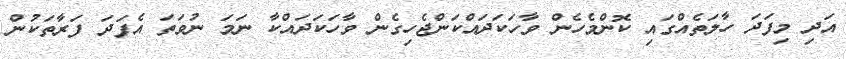
އަދި މިފަދަ ހާލަތެއްގައި ކޮންމެހެން ވާހަކަދައްކަންޖެހިގެން ވާހަކަދައްކާ ނަމަ ނުވަތަ އެފަދަ ފަރާތަކުން